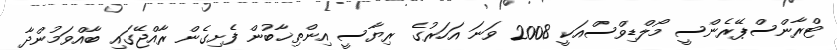
ޓްރާންސްޕޭރެންސީ މޯލްޑިވްސްއަކީ 2008 ވަނަ އަހަރުގެ ރިޔާސީ އިންތިޚާބުން ފެށިގެން ރާއްޖޭގައި ބާއްވަމުންދާ